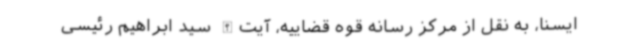
ایسنا، به نقل از مرکز رسانه قوه قضاییه، آیت‌الله سید ابراهیم رئیسی